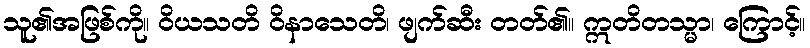
သူ၏အဖြစ်ကို။ ဝိယသတိ ဝိနာသေတိ၊ ဖျက်ဆီး တတ်၏။ ဣတိတသ္မာ၊ ကြောင့်။